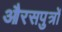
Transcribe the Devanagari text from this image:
औरसपुत्रों